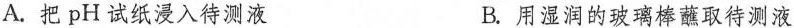
A.把pH试纸浸入待测液 B.用湿润的玻璃棒蘸取待测液